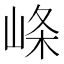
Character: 𡸇